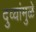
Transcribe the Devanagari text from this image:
दुव्यांमुळे